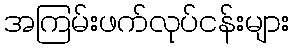
အကြမ်းဖက်လုပ်ငန်းများ